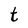
Character: t